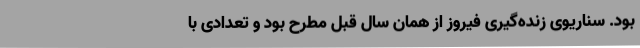
بود. سناریوی زنده‌گیری فیروز از همان سال قبل مطرح بود و تعدادی با